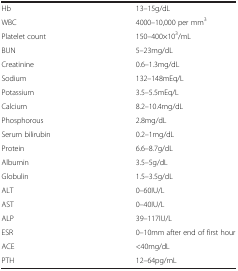
<table><thead><tr><td>[EMPTY_CELL]</td><td>[EMPTY_CELL]</td></tr></thead><tbody><tr><td>Hb</td><td>13–15g/dL</td></tr><tr><td>WBC</td><td>4000–10,000 per mm<sup>3</sup></td></tr><tr><td>Platelet count</td><td>150–400×10<sup>3</sup>/mL</td></tr><tr><td>BUN</td><td>5–23mg/dL</td></tr><tr><td>Creatinine</td><td>0.6–1.3mg/dL</td></tr><tr><td>Sodium</td><td>132–148mEq/L</td></tr><tr><td>Potassium</td><td>3.5–5.5mEq/L</td></tr><tr><td>Calcium</td><td>8.2–10.4mg/dL</td></tr><tr><td>Phosphorous</td><td>2.8mg/dL</td></tr><tr><td>Serum bilirubin</td><td>0.2–1mg/dL</td></tr><tr><td>Protein</td><td>6.6–8.7g/dL</td></tr><tr><td>Albumin</td><td>3.5–5g/dL</td></tr><tr><td>Globulin</td><td>1.5–3.5g/dL</td></tr><tr><td>ALT</td><td>0–60IU/L</td></tr><tr><td>AST</td><td>0–40IU/L</td></tr><tr><td>ALP</td><td>39–117IU/L</td></tr><tr><td>ESR</td><td>0–10mm after end of first hour</td></tr><tr><td>ACE</td><td>&lt;40mg/dL</td></tr><tr><td>PTH</td><td>12–64pg/mL</td></tr></tbody></table>